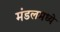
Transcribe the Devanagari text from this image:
मंडलमध्ये